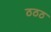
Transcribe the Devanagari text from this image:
ठठठ